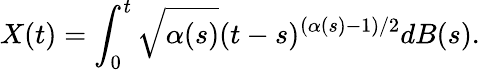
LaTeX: X(t)=\int_{0}^{t}\sqrt{\alpha(s)}(t-s)^{(\alpha(s)-1)/2}dB(s).